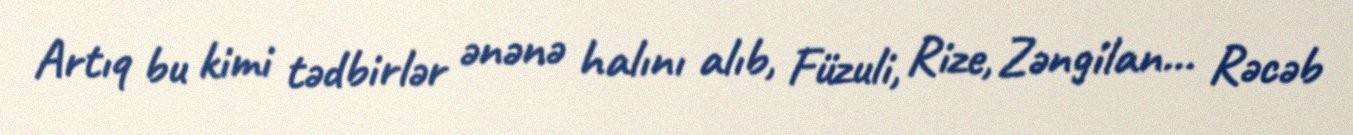
Artıq bu kimi tədbirlər ənənə halını alıb, Füzuli, Rize, Zəngilan... Rəcəb